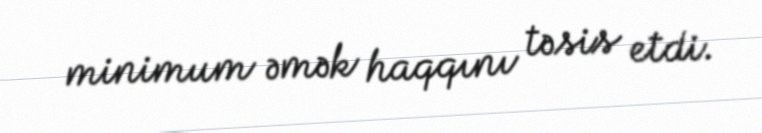
minimum əmək haqqını təsis etdi.